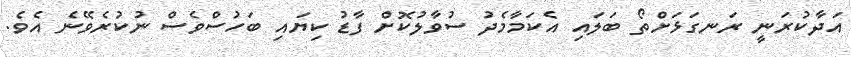
އަދާކުރަނީ ރަނގަޅަށްތޯ ބަލައި އެކަމާމެދު ސުވާލުކޮށް ފާޑު ކިޔައި ބަހުސްވެސް ނުކުރެވޭނެ އެވެ.